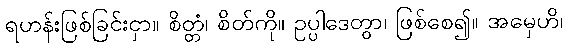
ရဟန်းဖြစ်ခြင်းငှာ။ စိတ္တံ၊ စိတ်ကို။ ဥပ္ပါဒေတွာ၊ ဖြစ်စေ၍။ အမှေဟိ၊